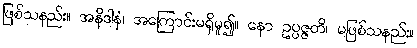
ဖြစ်သနည်း။ အနိဒါနံ၊ အကြောင်းမရှိမူ၍။ နော ဥပ္ပဇ္ဇတိ၊ မဖြစ်သနည်း။